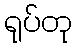
ရုပ်တု